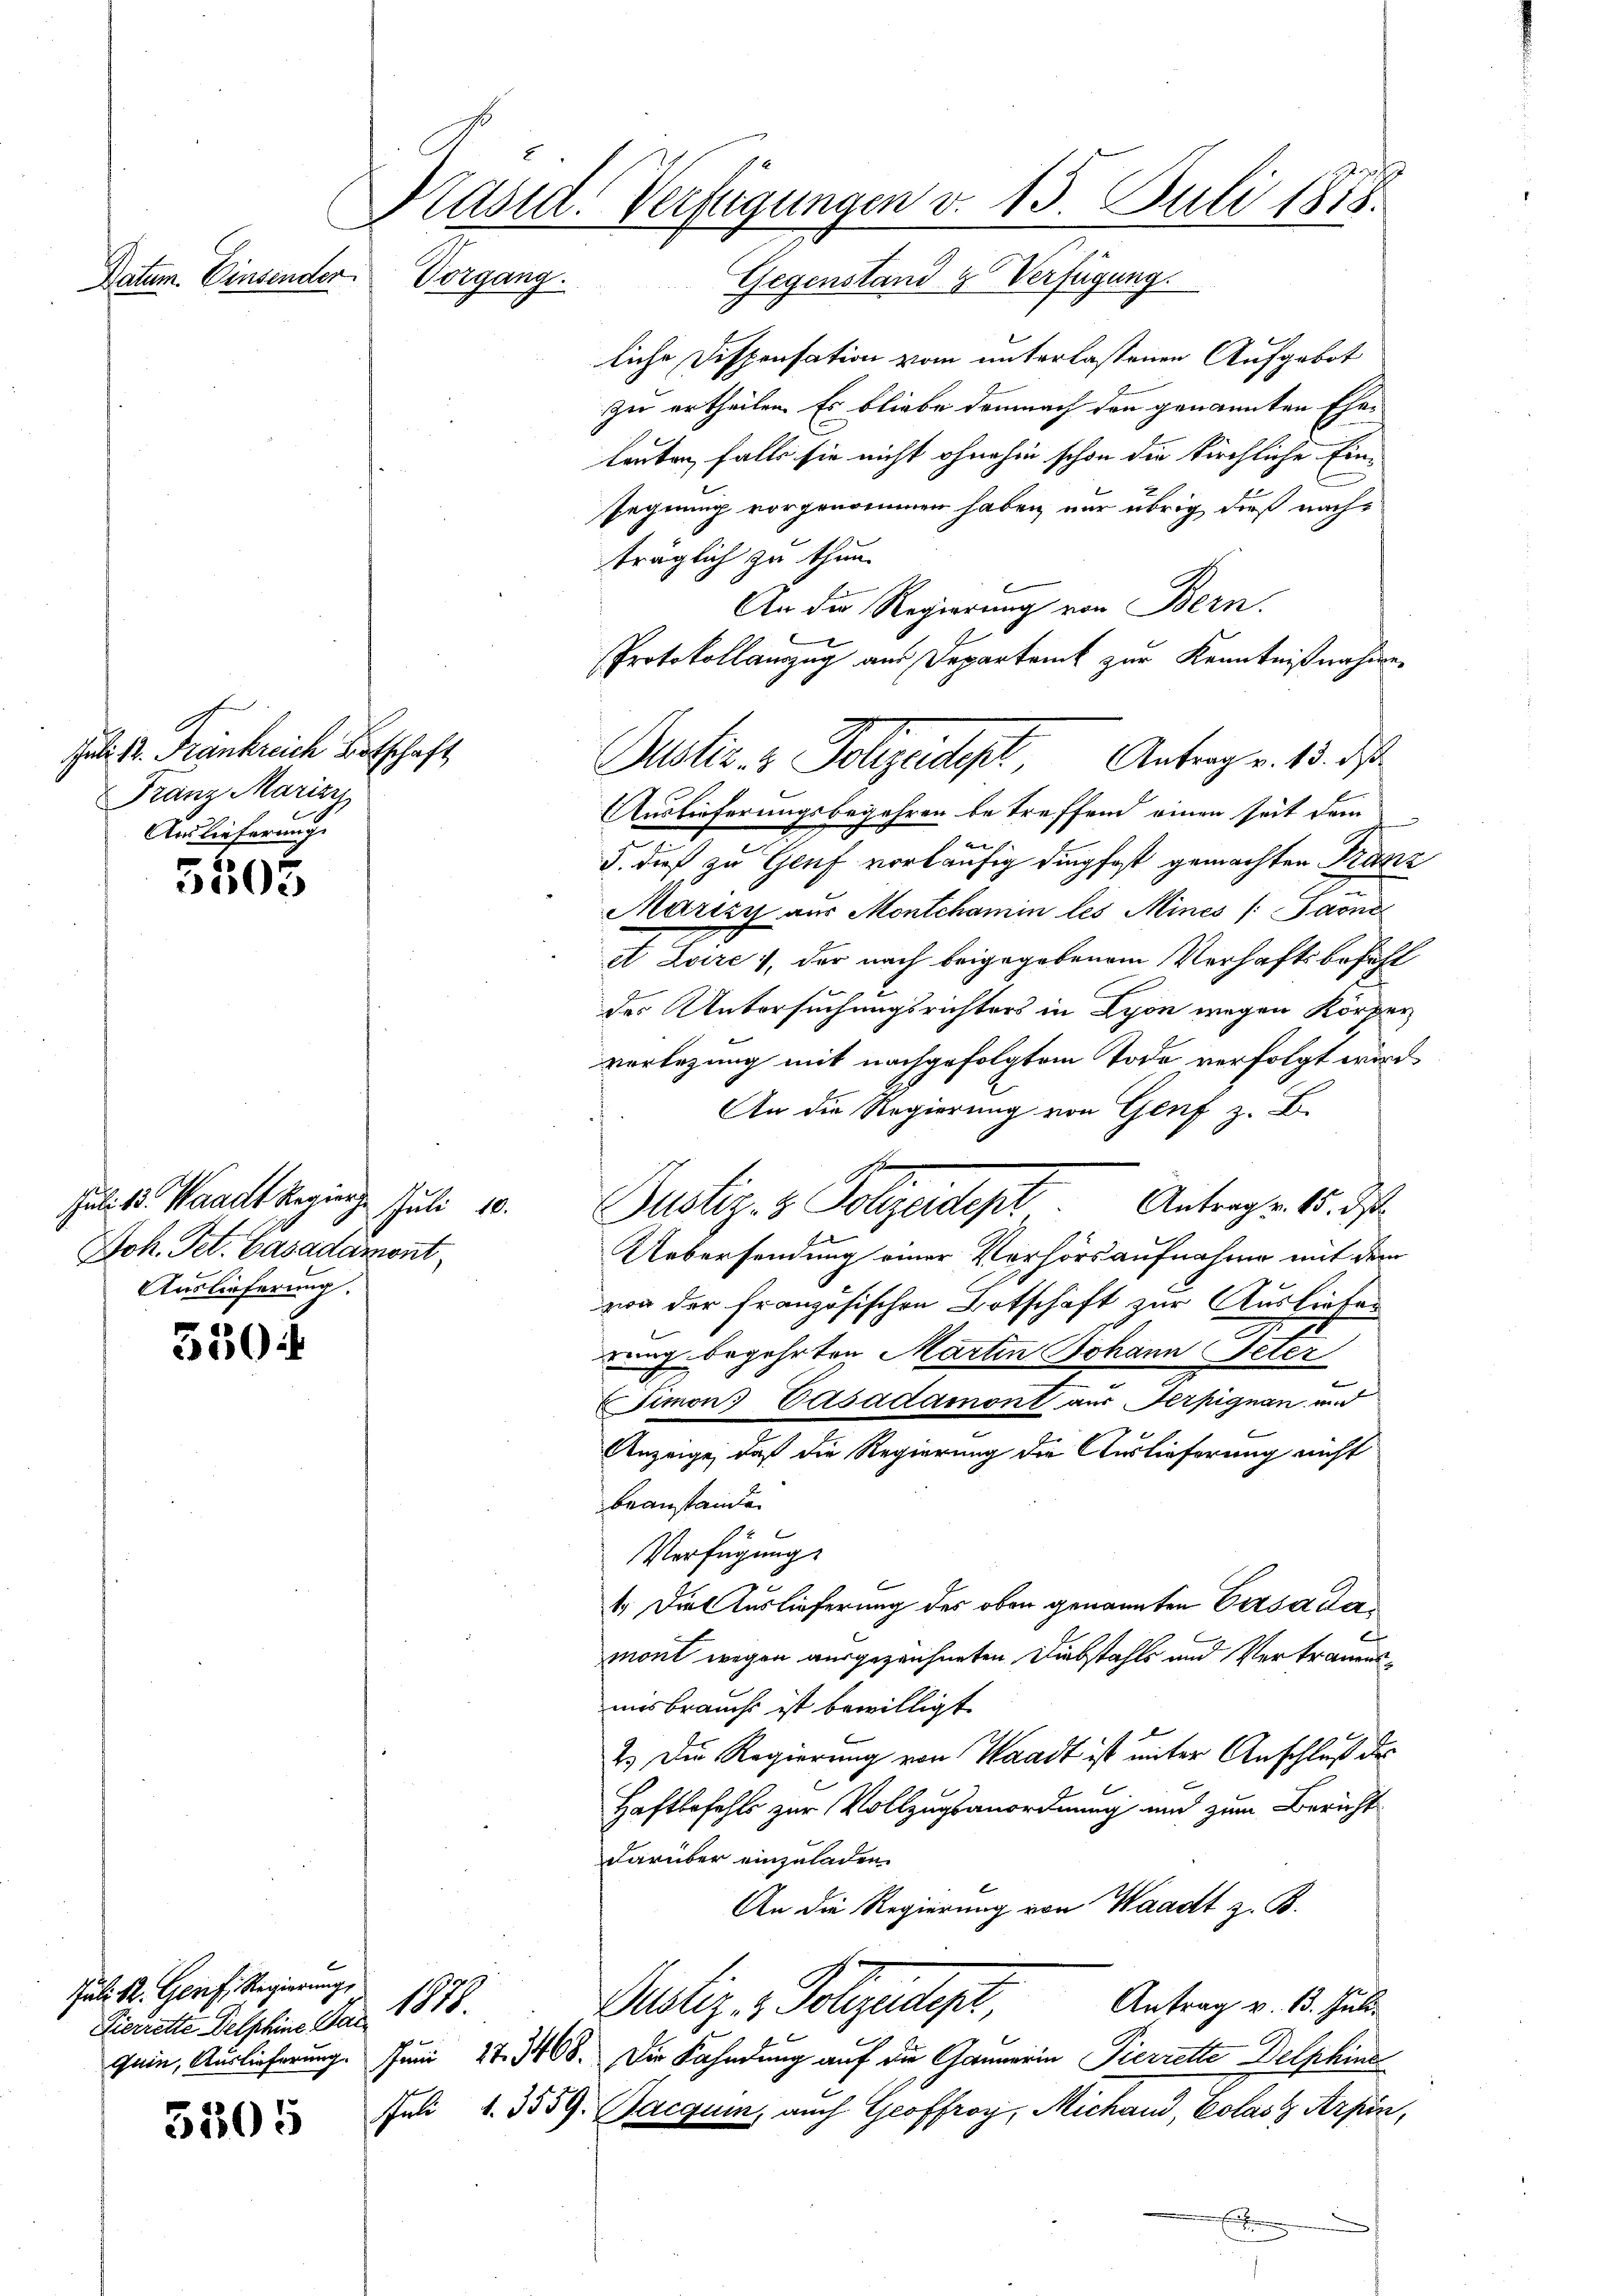
Datum. Einsenden.

Juli 12. Frankreich Botschaft
Franz Marizy
Auslieferung

5503

Juli d. Waadt Regier
Juli 10.
Joh. Pet. Casadament
Auslieferung.

550

Juli. R. Genf. Regierung
Pierrette Delphine Gar

5505

Präsid. Verfügungen v. 15. Juli 1888.
.
Vorgang.
2
Gegenstand & Verfügun

1878.

liche Dispensation vom unterlassenen Aufgebot
zu ertheilen. Es bliebe demnach den genannten Eheleuten, falls sie nicht ohnehin schon die kirchliche Ein-
segnung vorgenommen haben, nur übrig dieß nachträglich zu thun.
An die Regierung von Bern.
Protokollauszug aus Departamt zur Kenntnißnahme
Auslieferungsbegehren betreffend einen seit dem
5. dieß zu Genf vorläufig dingfast gemachten Franz
Marizy aus Montchamin les Mines (Paone
et Zoire, der nach beigegebenem Verhaftsbefehl
des Untersuchungsrichters in Lyon wegen Körper
verlegung mit nachgefolgtem Tode verfolgt wird.
An die Regierung von Genf z. B.
Justiz- & Polizeidigt. Antrags 15. ds
Uebersendung einer Verhörsaufnahme mit dem
zwa der französischen Botschaft zur Ausliefer
rung begehrten Marten Johann Peter
Simon Vasadamont aus Terpignan und
Anzeige, daß die Regierung die Auslieferung nicht
beanstanden
Verfügung
1.) Die Auslieferung des oben genannten Erzsádamont wegen ausgezeichneten Diebstahls und Vertrauensmisbraucht ist bewilligt.
2.) Die Regierung von Waadt ist unter Anschluß des
Haftbefehls zur Vollzugsanordnung und zum Bericht
darüber einzuladen.
An die Regierung von Waadt z. B.
Antrag v. 13. Julii
Pustiz- & Polizeidigt,
gein, Auslieferung. Juni 27. 7468. Die Fahndung auf die Gannerin Pierrette Delphine
JJuli d. 3559. Bacquin, auch Geoffroy, Michand, Eolas Arpin,
.

Justiz- & Polizeident Antrag v. 15. d